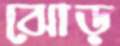
ঝোড়